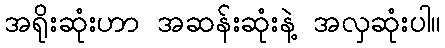
အရိုးဆုံးဟာ အဆန်းဆုံးနဲ့ အလှဆုံးပါ။